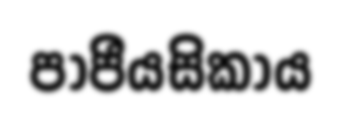
පාපීයසිකාය